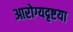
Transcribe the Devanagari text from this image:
आरोग्यदृष्टया